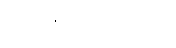
ရှိလာမည်ဖြစ်ကြောင်း